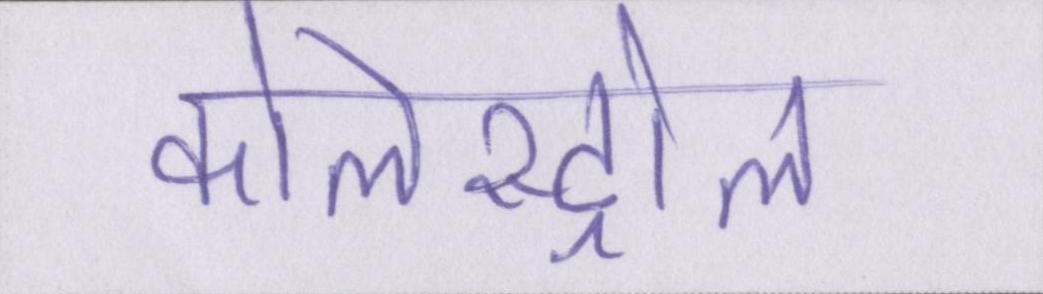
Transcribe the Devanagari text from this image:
कोलेस्ट्रोल